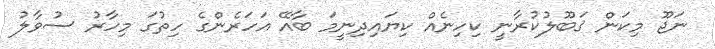
ނަޖޫ މިކަން ޤަބޫލުކުރާނީ ކިހިނެއް ކިޔައިދިނީމަ ބާއޭ އަހަރެންގެ ހިތުގަ މިހާރު ސުވާލު